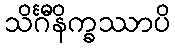
သိင်္ဂီနိက္ခဿာပိ